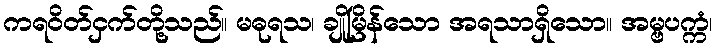
ကရဝိတ်ငှက်တို့သည်။ မဓုရသ၊ ချိုမြိန်သော အရသာရှိသော။ အမ္ဗပက္ကံ၊